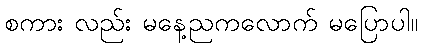
စကား လည်း မနေ့ညကလောက် မပြောပါ။